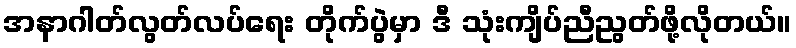
အနာဂါတ်လွတ်လပ်ရေး တိုက်ပွဲမှာ ဒီ သုံးကျိပ်ညီညွတ်ဖို့လိုတယ်။